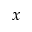
x _ { \l }